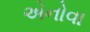
એનોવા